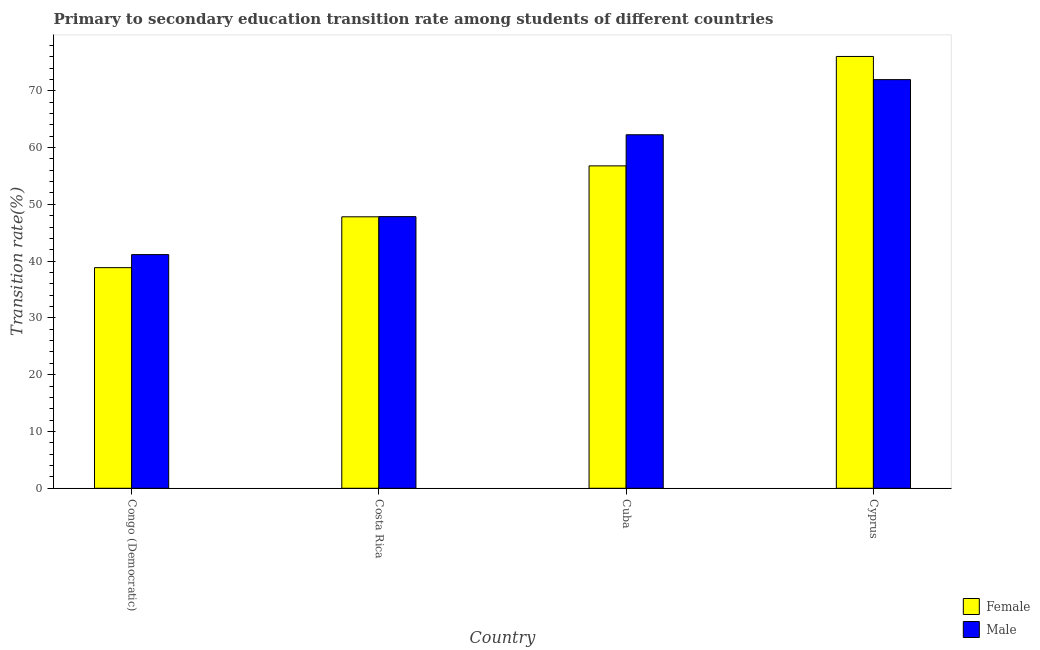
| Country | Female | Male |
 | --- | --- | --- |
 | Congo (Democratic) | 38.9 | 41.1 |
 | Costa Rica | 47.8 | 47.8 |
 | Cuba | 56.8 | 62.3 |
 | Cyprus | 76 | 72 |